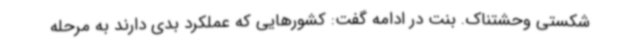
شکستی وحشتناک. بنت در ادامه گفت: کشورهایی که عملکرد بدی دارند به مرحله